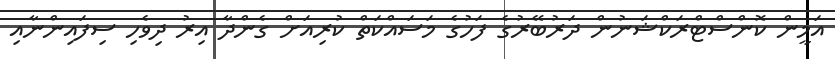
އަމީން ކޮންސްޓްރަކްޝަނުން ދަރުބޭރުގެ ފަހުގެ މަސައްކަތް ކުރިއަށް ގެންދާ އިރު ދިވެހި ސިފައިންނާއި